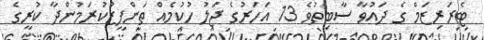
ޓެރަރިޒަމް ގެ ދައުވާ ސާބިތުވެ 13 އަހަރުގެ ޖަލު ހުކުމެއް ތަންފީޒުކުރަމުންދާ ކުރީގެ